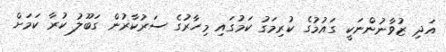
އަދި ޒުވާނުންނަކީ ގައުމުގެ ކުރިމަގު ކަމުގައި މިހާރުގެ ސަރުކާރުން ގަބޫލު ކުރާ ކަމަށް